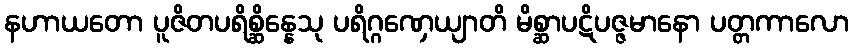
နဟာယတော ပူဇိတပရိစ္ဆိန္နေသု ပရိဂ္ဂဏှေယျာတိ မိစ္ဆာပဋိပဇ္ဇမာနော ပတ္တကာလော